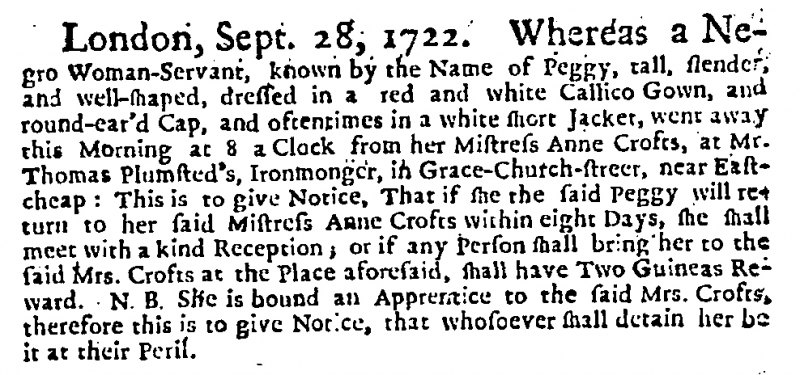
Daily Courant, 29 September 1722 (England)
London, Sept. 28, 1722. Whereas a Negro Woman-Servant, known by the Name of Peggy, tall, slender, and well-shaped, dressed in a red and white Callico Gown, and round-ear’d Cap, and oftentimes in a white short Jacket, went away this Morning at 8 a Clock from her Mistress Anne Crofts, at Mr. Thomas Plumsted’s, Ironmonger, in Grace-Church-street, near East-cheap : This is to give Notice, That if she the said Peggy will return to her said Mistress Anne Crofts within eight Days, she shall meet with a kind Reception; or if any Person shall bring her to the said Mrs. Crofts at the Place aforesaid, shall have Two Guineas Reward. N.B. She is bound an Apprentice to the said Mrs. Crofts, therefore this is to give Notice, that whosoever shall detain her be it at their Peril.